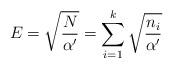
LaTeX: \begin{align*}E=\sqrt{N\over \alpha'}= \sum_{i=1}^k\sqrt{n_i\over \alpha'}\end{align*}